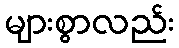
များစွာလည်း